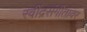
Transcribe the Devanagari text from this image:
रवींद्रसंगीतावर